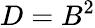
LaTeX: D=B^{2}